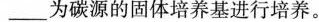
_________为碳源的固体培养基进行培养。